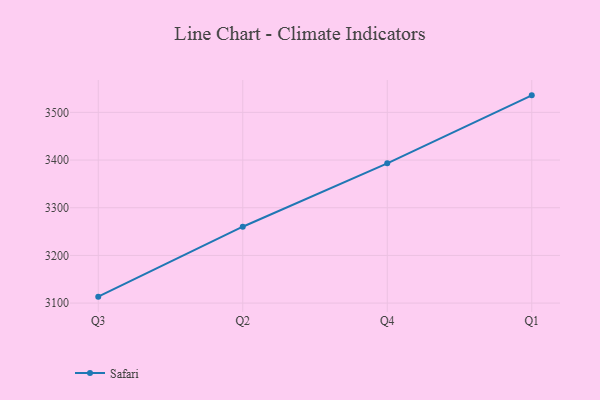
{"axis": {"x": "Quarter", "y": "Tickets Resolved"}, "legend": ["Safari"], "data": [{"x": "Q3", "y": 3113.5, "type": "Safari"}, {"x": "Q2", "y": 3260.2, "type": "Safari"}, {"x": "Q4", "y": 3393.1, "type": "Safari"}, {"x": "Q1", "y": 3535.7, "type": "Safari"}]}